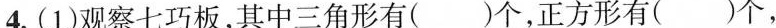
4.(1)观察七巧板，其中三角形有( )个，正方形有( )个,